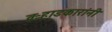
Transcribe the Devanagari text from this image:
वऱ्हाडकारांनी